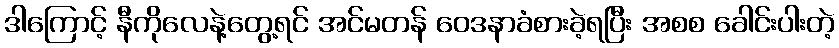
ဒါကြောင့် နီကိုလေနဲ့တွေ့ရင် အင်မတန် ဝေဒနာခံစားခဲ့ရပြီး အစစ ခေါင်းပါးတဲ့